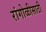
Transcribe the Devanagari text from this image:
रांगोळीसाठी